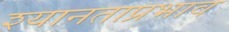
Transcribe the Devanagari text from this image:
श्यानताप्रभाव